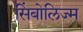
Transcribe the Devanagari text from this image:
सिंबोलिज्म